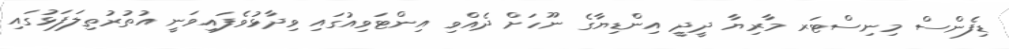
ޑިފެންސް މިނިސްޓަރ މާރިޔާ ދީދީ އިންޑިޔާގެ ނޫހަށް ދެއްވި އިންޓަވިއުގައި ވިދާޅުވެފައިވަނީ އުތުރުތިލަފަޅުގައި